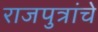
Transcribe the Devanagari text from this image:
राजपुत्रांचे